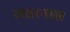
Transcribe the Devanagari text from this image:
जठरनाल